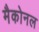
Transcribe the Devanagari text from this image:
मैकोनल